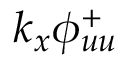
{ k _ { x } } { { \phi } _ { u u } ^ { + } }